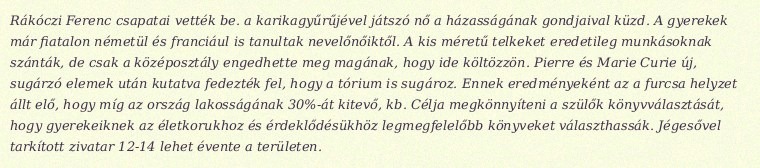
Rákóczi Ferenc csapatai vették be. a karikagyűrűjével játszó nő a házasságának gondjaival küzd. A gyerekek már fiatalon németül és franciául is tanultak nevelőnőiktől. A kis méretű telkeket eredetileg munkásoknak szánták, de csak a középosztály engedhette meg magának, hogy ide költözzön. Pierre és Marie Curie új, sugárzó elemek után kutatva fedezték fel, hogy a tórium is sugároz. Ennek eredményeként az a furcsa helyzet állt elő, hogy míg az ország lakosságának 30%-át kitevő, kb. Célja megkönnyíteni a szülők könyvválasztását, hogy gyerekeiknek az életkorukhoz és érdeklődésükhöz legmegfelelőbb könyveket választhassák. Jégesővel tarkított zivatar 12-14 lehet évente a területen.